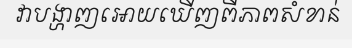
វាបង្ហាញអោយឃើញពីភាពសំខាន់